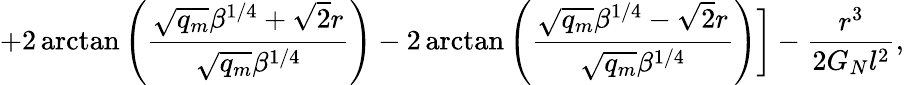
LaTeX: +2\arctan\left(\frac{\sqrt{q_{m}}\beta^{1/4}+\sqrt{2}r}{\sqrt{q_{m}}\beta^{1/4}}\right)-2\arctan\left(\frac{\sqrt{q_{m}}\beta^{1/4}-\sqrt{2}r}{\sqrt{q_{m}}\beta^{1/4}}\right)\biggr]-\frac{r^{3}}{2G_{N}l^{2}},